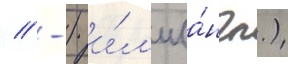
// -) и́л'и (а́нгл.)